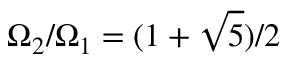
\Omega _ { 2 } / \Omega _ { 1 } = ( 1 + \sqrt { 5 } ) / 2